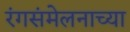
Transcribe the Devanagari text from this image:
रंगसंमेलनाच्या